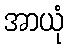
အာယုံ